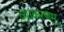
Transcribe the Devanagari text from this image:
व्याकरणम्